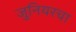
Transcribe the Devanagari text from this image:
जुनियरचा